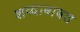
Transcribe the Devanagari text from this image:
शव्दाबाबत